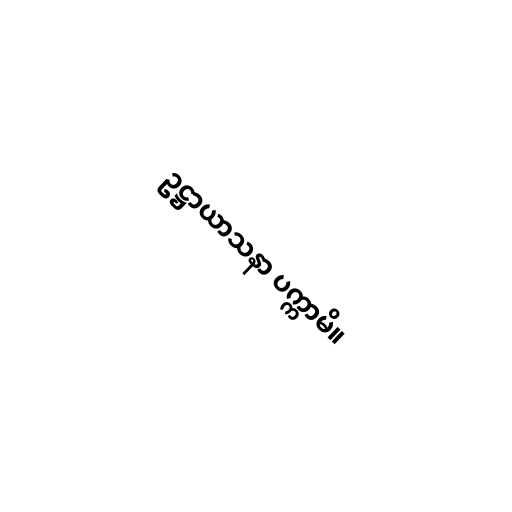
ဥဋ္ဌာယာသနာ ပက္ကာမိ။